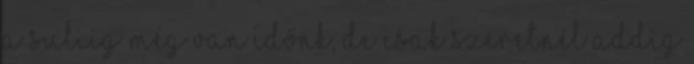
A suliig még van időnk, de csak szeretnél addig